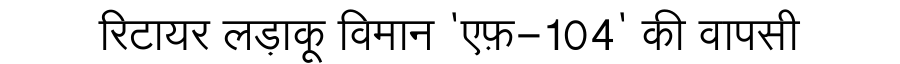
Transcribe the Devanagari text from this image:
रिटायर लड़ाकू विमान 'एफ़-104' की वापसी